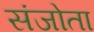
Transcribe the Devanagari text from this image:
संजोता